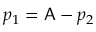
p _ { 1 } = \mathsf { A } - p _ { 2 }